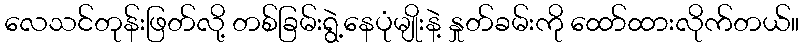
လေသင်တုန်းဖြတ်လို့ တစ်ခြမ်းရွဲ့နေပုံမျိုးနဲ့ နှုတ်ခမ်းကို ထော်ထားလိုက်တယ်။